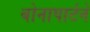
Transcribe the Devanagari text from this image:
बोनापार्टने